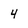
Character: 4